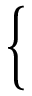
\left\{ \begin{array} { c } { \begin{array} { r l } \end{array} } \\ { \begin{array} { r l } \end{array} } \end{array} \right.